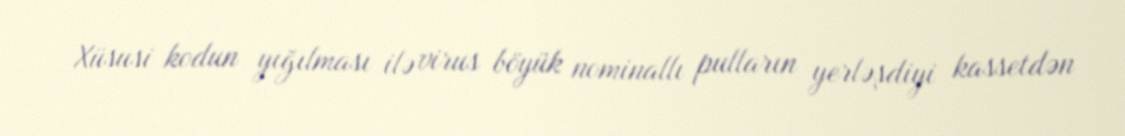
Xüsusi kodun yığılması ilə virus böyük nominallı pulların yerləşdiyi kassetdən